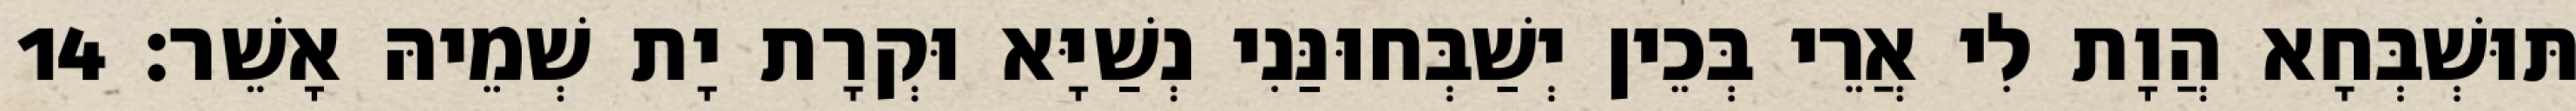
תּוּשְׁבְּחָא הֲוָת לִי אֲרֵי בְּכֵין יְשַׁבְּחוּנַּנִי נְשַׁיָּא וּקְרָת יָת שְׁמֵיהּ אָשֵׁר׃ 14